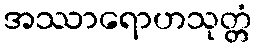
အဿာရောဟသုတ္တံ